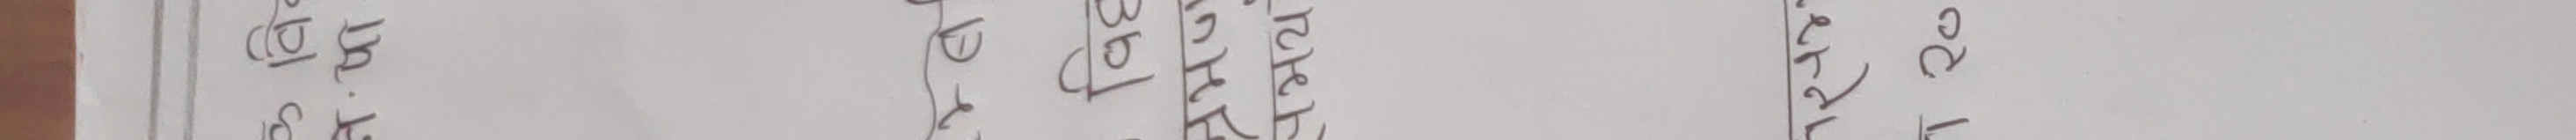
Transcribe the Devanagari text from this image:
ठाउँ
१
खुट्टे
मुटु
हृदय
१२.२०